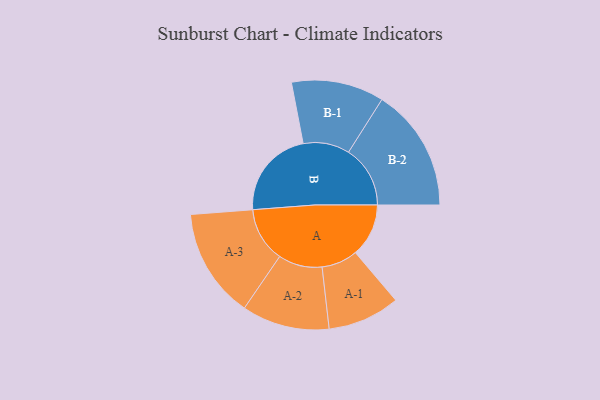
{"axis": {"x": "Segment", "y": "Value"}, "legend": ["", "A", "B"], "data": [{"x": "A", "y": 256, "type": ""}, {"x": "B", "y": 430, "type": ""}, {"x": "A-1", "y": 174, "type": "A"}, {"x": "A-2", "y": 211, "type": "A"}, {"x": "A-3", "y": 264, "type": "A"}, {"x": "B-1", "y": 223, "type": "B"}, {"x": "B-2", "y": 297, "type": "B"}]}